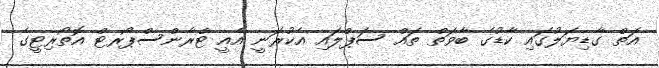
އަތް ގާޑިޔަލުގައި ކާޑުގެ ބާވަތް ތައް ސަޕްލައި އެކުރަނީ އެއީ ޓްރާންސްޕޯރޓް އޮތޯރިޓީގެ